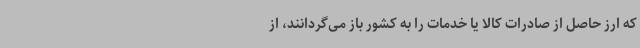
که ارز حاصل از صادرات کالا یا خدمات را به کشور باز می‌گردانند، از